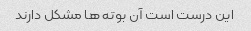
این درست است آن بوته ها مشکل دارند